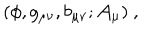
LaTeX: ( \phi , g _ { \mu \nu } , b _ { \mu \nu } ; { \cal A } _ { \mu } ) \ ,